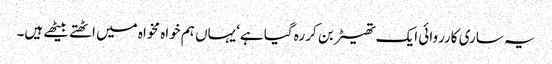
یہ ساری کارروائی ایک تھیٹر بن کر رہ گیا ہے‘یہاں ہم خواہ مخواہ میں اٹھتے بیٹھے ہیں۔